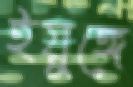
ইয়ুঙ্গে